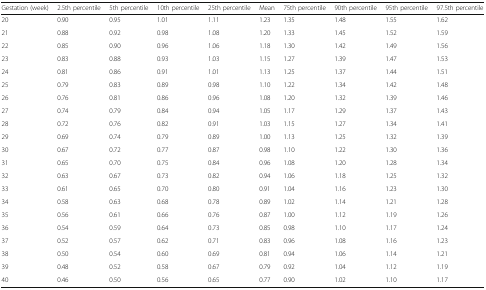
<table><thead><tr><td><b>Gestation (week)</b></td><td><b>2.5th percentile</b></td><td><b>5th percentile</b></td><td><b>10th percentile</b></td><td><b>25th percentile</b></td><td><b>Mean</b></td><td><b>75th percentile</b></td><td><b>90th percentile</b></td><td><b>95th percentile</b></td><td><b>97.5th percentile</b></td></tr></thead><tbody><tr><td>20</td><td>0.90</td><td>0.95</td><td>1.01</td><td>1.11</td><td>1.23</td><td>1.35</td><td>1.48</td><td>1.55</td><td>1.62</td></tr><tr><td>21</td><td>0.88</td><td>0.92</td><td>0.98</td><td>1.08</td><td>1.20</td><td>1.33</td><td>1.45</td><td>1.52</td><td>1.59</td></tr><tr><td>22</td><td>0.85</td><td>0.90</td><td>0.96</td><td>1.06</td><td>1.18</td><td>1.30</td><td>1.42</td><td>1.49</td><td>1.56</td></tr><tr><td>23</td><td>0.83</td><td>0.88</td><td>0.93</td><td>1.03</td><td>1.15</td><td>1.27</td><td>1.39</td><td>1.47</td><td>1.53</td></tr><tr><td>24</td><td>0.81</td><td>0.86</td><td>0.91</td><td>1.01</td><td>1.13</td><td>1.25</td><td>1.37</td><td>1.44</td><td>1.51</td></tr><tr><td>25</td><td>0.79</td><td>0.83</td><td>0.89</td><td>0.98</td><td>1.10</td><td>1.22</td><td>1.34</td><td>1.42</td><td>1.48</td></tr><tr><td>26</td><td>0.76</td><td>0.81</td><td>0.86</td><td>0.96</td><td>1.08</td><td>1.20</td><td>1.32</td><td>1.39</td><td>1.46</td></tr><tr><td>27</td><td>0.74</td><td>0.79</td><td>0.84</td><td>0.94</td><td>1.05</td><td>1.17</td><td>1.29</td><td>1.37</td><td>1.43</td></tr><tr><td>28</td><td>0.72</td><td>0.76</td><td>0.82</td><td>0.91</td><td>1.03</td><td>1.15</td><td>1.27</td><td>1.34</td><td>1.41</td></tr><tr><td>29</td><td>0.69</td><td>0.74</td><td>0.79</td><td>0.89</td><td>1.00</td><td>1.13</td><td>1.25</td><td>1.32</td><td>1.39</td></tr><tr><td>30</td><td>0.67</td><td>0.72</td><td>0.77</td><td>0.87</td><td>0.98</td><td>1.10</td><td>1.22</td><td>1.30</td><td>1.36</td></tr><tr><td>31</td><td>0.65</td><td>0.70</td><td>0.75</td><td>0.84</td><td>0.96</td><td>1.08</td><td>1.20</td><td>1.28</td><td>1.34</td></tr><tr><td>32</td><td>0.63</td><td>0.67</td><td>0.73</td><td>0.82</td><td>0.94</td><td>1.06</td><td>1.18</td><td>1.25</td><td>1.32</td></tr><tr><td>33</td><td>0.61</td><td>0.65</td><td>0.70</td><td>0.80</td><td>0.91</td><td>1.04</td><td>1.16</td><td>1.23</td><td>1.30</td></tr><tr><td>34</td><td>0.58</td><td>0.63</td><td>0.68</td><td>0.78</td><td>0.89</td><td>1.02</td><td>1.14</td><td>1.21</td><td>1.28</td></tr><tr><td>35</td><td>0.56</td><td>0.61</td><td>0.66</td><td>0.76</td><td>0.87</td><td>1.00</td><td>1.12</td><td>1.19</td><td>1.26</td></tr><tr><td>36</td><td>0.54</td><td>0.59</td><td>0.64</td><td>0.73</td><td>0.85</td><td>0.98</td><td>1.10</td><td>1.17</td><td>1.24</td></tr><tr><td>37</td><td>0.52</td><td>0.57</td><td>0.62</td><td>0.71</td><td>0.83</td><td>0.96</td><td>1.08</td><td>1.16</td><td>1.23</td></tr><tr><td>38</td><td>0.50</td><td>0.54</td><td>0.60</td><td>0.69</td><td>0.81</td><td>0.94</td><td>1.06</td><td>1.14</td><td>1.21</td></tr><tr><td>39</td><td>0.48</td><td>0.52</td><td>0.58</td><td>0.67</td><td>0.79</td><td>0.92</td><td>1.04</td><td>1.12</td><td>1.19</td></tr><tr><td>40</td><td>0.46</td><td>0.50</td><td>0.56</td><td>0.65</td><td>0.77</td><td>0.90</td><td>1.02</td><td>1.10</td><td>1.17</td></tr></tbody></table>